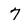
Character: 7